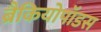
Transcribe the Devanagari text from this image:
ब्रैकियोपॉडस